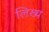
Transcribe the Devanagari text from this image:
लिख्य